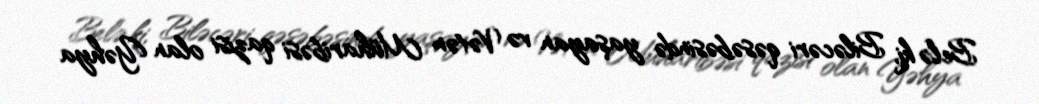
Belə ki, Biləcəri qəsəbəsində yaşayan və Vətən Müharibəsi qazisi olan Yəhya